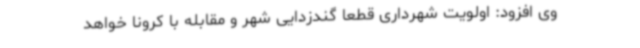
وی افزود: اولویت شهرداری قطعا گندزدایی شهر و مقابله با کرونا خواهد